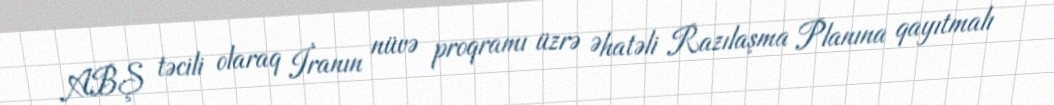
ABŞ təcili olaraq İranın nüvə proqramı üzrə Əhatəli Razılaşma Planına qayıtmalı